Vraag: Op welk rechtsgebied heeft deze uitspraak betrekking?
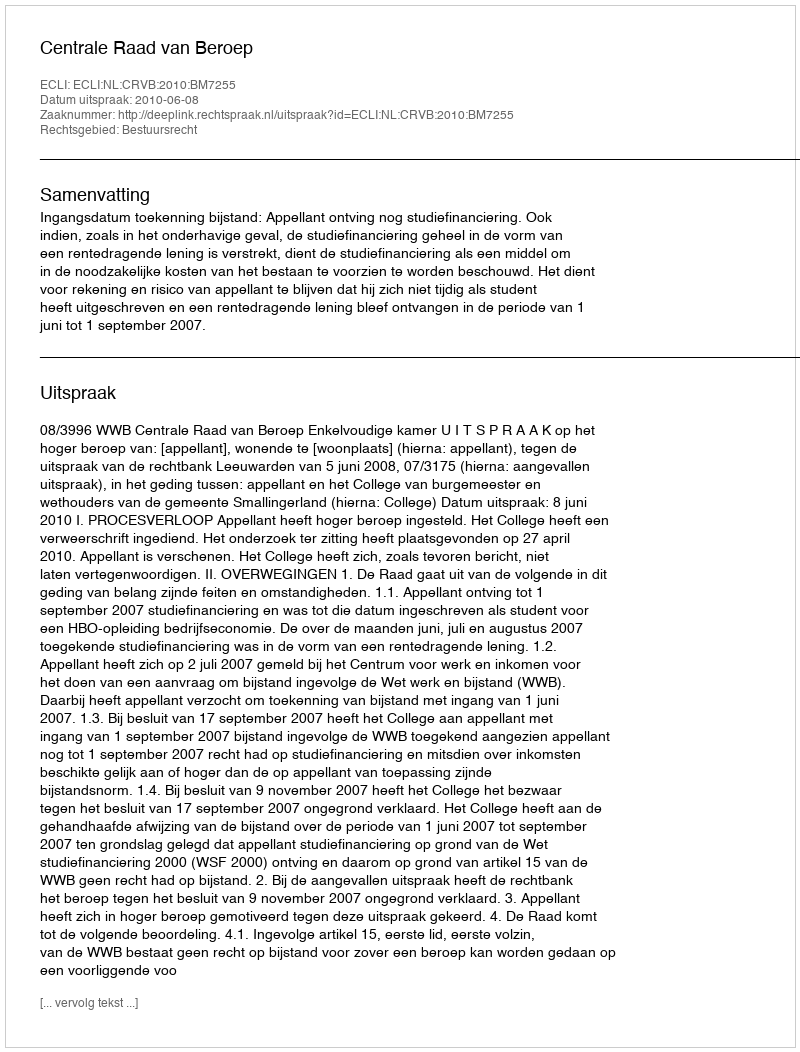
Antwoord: Bestuursrecht